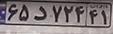
۶۵د۷۲۴۴۱